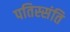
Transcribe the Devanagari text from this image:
पतिस्संति